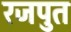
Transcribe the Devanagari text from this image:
रजपुत